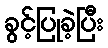
ခွင့်ပြုခဲ့ပြီး